Civil Veterinary Dept. Assam report 1927-50 - 1927-1950
Year: 1927
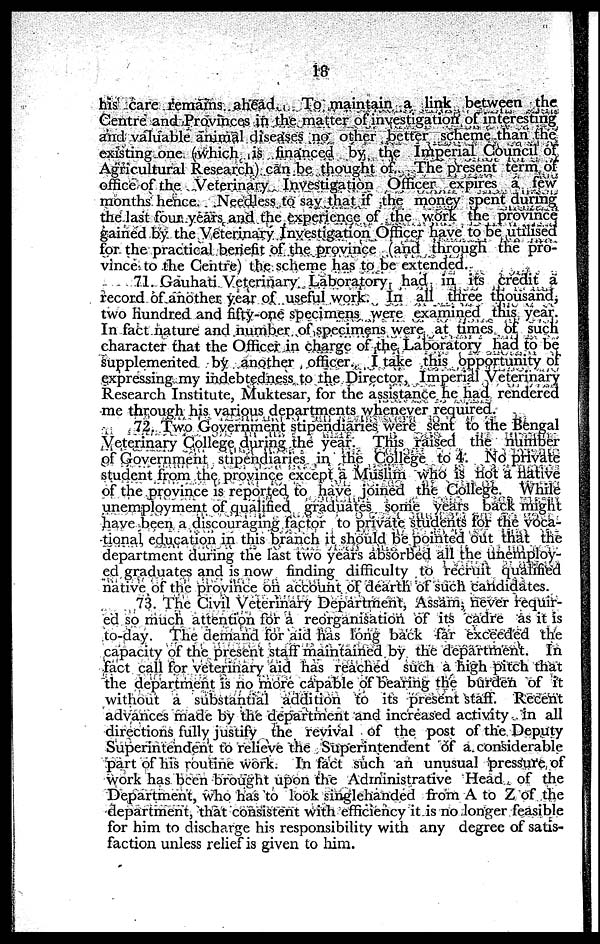
18
his care remains ahead. To maintain a link between the
Centre and Provinces in the matter of investigation of interesting
and valuable animal diseases no other better scheme than the
existing one (which is financed by the Imperial Council of
Agricultural Research) can be thought of The present term of
office of the Veterinary Investigation Officer expires a few
months hence. Needless to say that if the money spent during
the last four years and the experience of the work the province
gained by the Veterinary Investigation Officer have to be utilised
for the practical benefit of the province (and through the pro-
vince to the Centre) the scheme has to be extended.
71. Gauhati Veterinary Laboratory had in its credit a
record of another year of useful work. In all three thousand,
two hundred and fifty-one specimens were examined this year.
In fact nature and number of specimens were at times of such
character that the Officer in charge of the Laboratory had to be
supplemented by another officer. I take this opportunity of
expressing my indebtedness to the Director, Imperial Veterinary
Research Institute, Muktesar, for the assistance he had rendered
me through his various departments whenever required.
72. Two Government stipendiaries were sent to the Bengal
Veterinary College during the year. This raised the number
of Government stipendiaries in the College to 4. No private
student from the province except a Muslim who is hot a native
of the province is reported to have joined the College. While
unemployment of qualified graduates some years back might
have been a discouraging factor to private students for the voca-
tional education in this branch it should be pointed out that the
department during the last two years absorbed all the unemploy-
ed graduates and is now finding difficulty to recruit qualified
native of the province on account of dearth of such candidates.
73. The Civil Veterinary Department, Assam, never requir-
ed so much attention for a reorganisation of its cadre as it is
to-day. The demand for aid has long back far exceeded the
capacity of the present staff maintained by the department. In
fact call for veterinary aid has reached such a high pitch that
the department is no more capable of bearing the burden of it
without a substantial addition to its present staff. Recent
advances made by the department and increased activity in all
directions fully justify the revival of the post of the Deputy
Superintendent to relieve the Superintendent of a considerable
part of his routine work. In fact such an unusual pressure of
work has been brought upon the Administrative Head of the
Department, who has to look singlehanded from A to Z of the
department, that consistent with efficiency it is no longer feasible
for him to discharge his responsibility with any degree of satis-
faction unless relief is given to him.